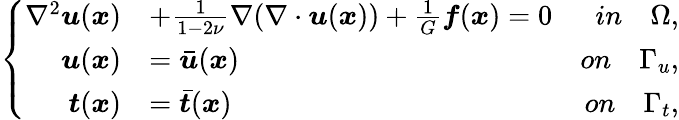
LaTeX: \left\{ \begin{array}{rlr}{\nabla^{2}\boldsymbol{u}(\boldsymbol{x})}&{+\frac{1}{1-2\nu}\nabla(\nabla\cdot\boldsymbol{u}(\boldsymbol{x}))+\frac{1}{G}\boldsymbol{f}(\boldsymbol{x})=0}&{in\quad\Omega,}\\ {\boldsymbol{u}(\boldsymbol{x})}&{=\bar{\boldsymbol{u}}(\boldsymbol{x})}&{on\quad\Gamma_{u},}\\ {\boldsymbol{t}(\boldsymbol{x})}&{=\bar{\boldsymbol{t}}(\boldsymbol{x})}&{on\quad\Gamma_{t},}\end{array}\right.